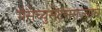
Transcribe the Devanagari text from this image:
मॅसेच्युसेट्सराज्याचे